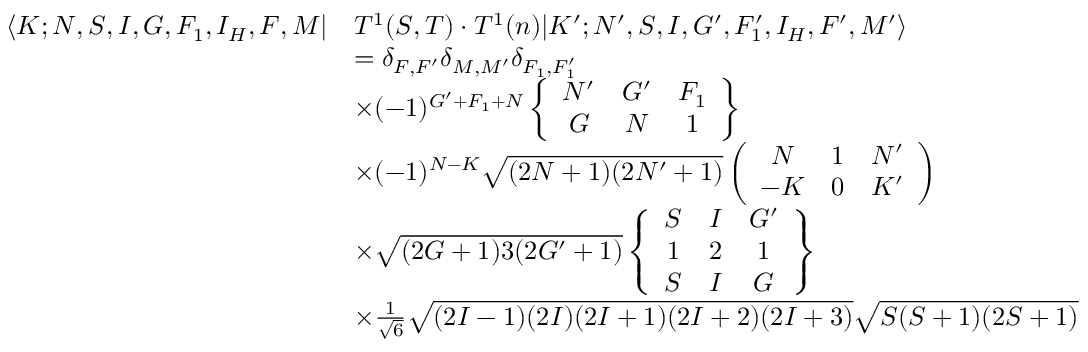
\begin{array} { r l } { \langle K ; N , S , I , G , F _ { 1 } , I _ { H } , F , M | } & { T ^ { 1 } ( S , T ) \cdot T ^ { 1 } ( n ) | K ^ { \prime } ; N ^ { \prime } , S , I , G ^ { \prime } , F _ { 1 } ^ { \prime } , I _ { H } , F ^ { \prime } , M ^ { \prime } \rangle } \\ & { = \delta _ { F , F ^ { \prime } } \delta _ { M , M ^ { \prime } } \delta _ { F _ { 1 } , F _ { 1 } ^ { \prime } } } \\ & { \times ( - 1 ) ^ { G ^ { \prime } + F _ { 1 } + N } \left\{ \begin{array} { c c c } { N ^ { \prime } } & { G ^ { \prime } } & { F _ { 1 } } \\ { G } & { N } & { 1 } \end{array} \right\} } \\ & { \times ( - 1 ) ^ { N - K } \sqrt { ( 2 N + 1 ) ( 2 N ^ { \prime } + 1 ) } \left( \begin{array} { c c c } { N } & { 1 } & { N ^ { \prime } } \\ { - K } & { 0 } & { K ^ { \prime } } \end{array} \right) } \\ & { \times \sqrt { ( 2 G + 1 ) 3 ( 2 G ^ { \prime } + 1 ) } \left\{ \begin{array} { c c c } { S } & { I } & { G ^ { \prime } } \\ { 1 } & { 2 } & { 1 } \\ { S } & { I } & { G } \end{array} \right\} } \\ & { \times \frac { 1 } { \sqrt { 6 } } \sqrt { ( 2 I - 1 ) ( 2 I ) ( 2 I + 1 ) ( 2 I + 2 ) ( 2 I + 3 ) } \sqrt { S ( S + 1 ) ( 2 S + 1 ) } } \end{array}